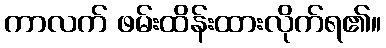
ကာလက် ဖမ်းထိန်းထားလိုက်ရ၏။